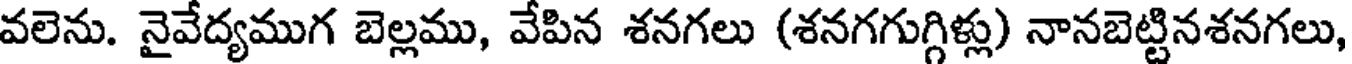
వలెను. నైవేద్యముగ బెల్లము, వేపిన శనగలు (శనగగుగ్గిళ్లు) నానబెట్టినశనగలు,